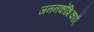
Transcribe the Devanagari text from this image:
जननकोशिकाएँ